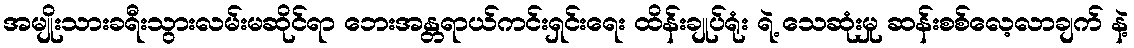
အမျိုးသားခရီးသွားလမ်းမဆိုင်ရာ ဘေးအန္တရာယ်ကင်းရှင်းရေး ထိန်းချုပ်ရုံး ရဲ့ သေဆုံးမှု ဆန်းစစ်လေ့လာချက် နဲ့